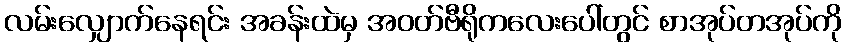
လမ်းလျှောက်နေရင်း အခန်းထဲမှ အဝတ်ဗီရိုကလေးပေါ်တွင် စာအုပ်တအုပ်ကို